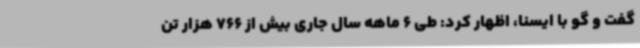
گفت و گو با ایسنا، اظهار کرد: طی 6 ماهه سال جاری بیش از 766 هزار تن